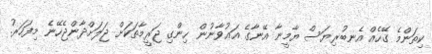
ކިތަންމެ ގޭހެއް އެނބުރިޔަސް ޔާމީނާ އޭނާގެ އަޢުވާނުން ހިންގި ޖަރީމާތަކަށް ޖަލަށްދާންޖެހޭނެ މިފަހަރު.